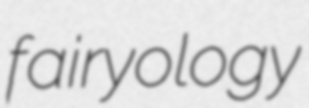
fairyology